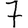
Digit: 7